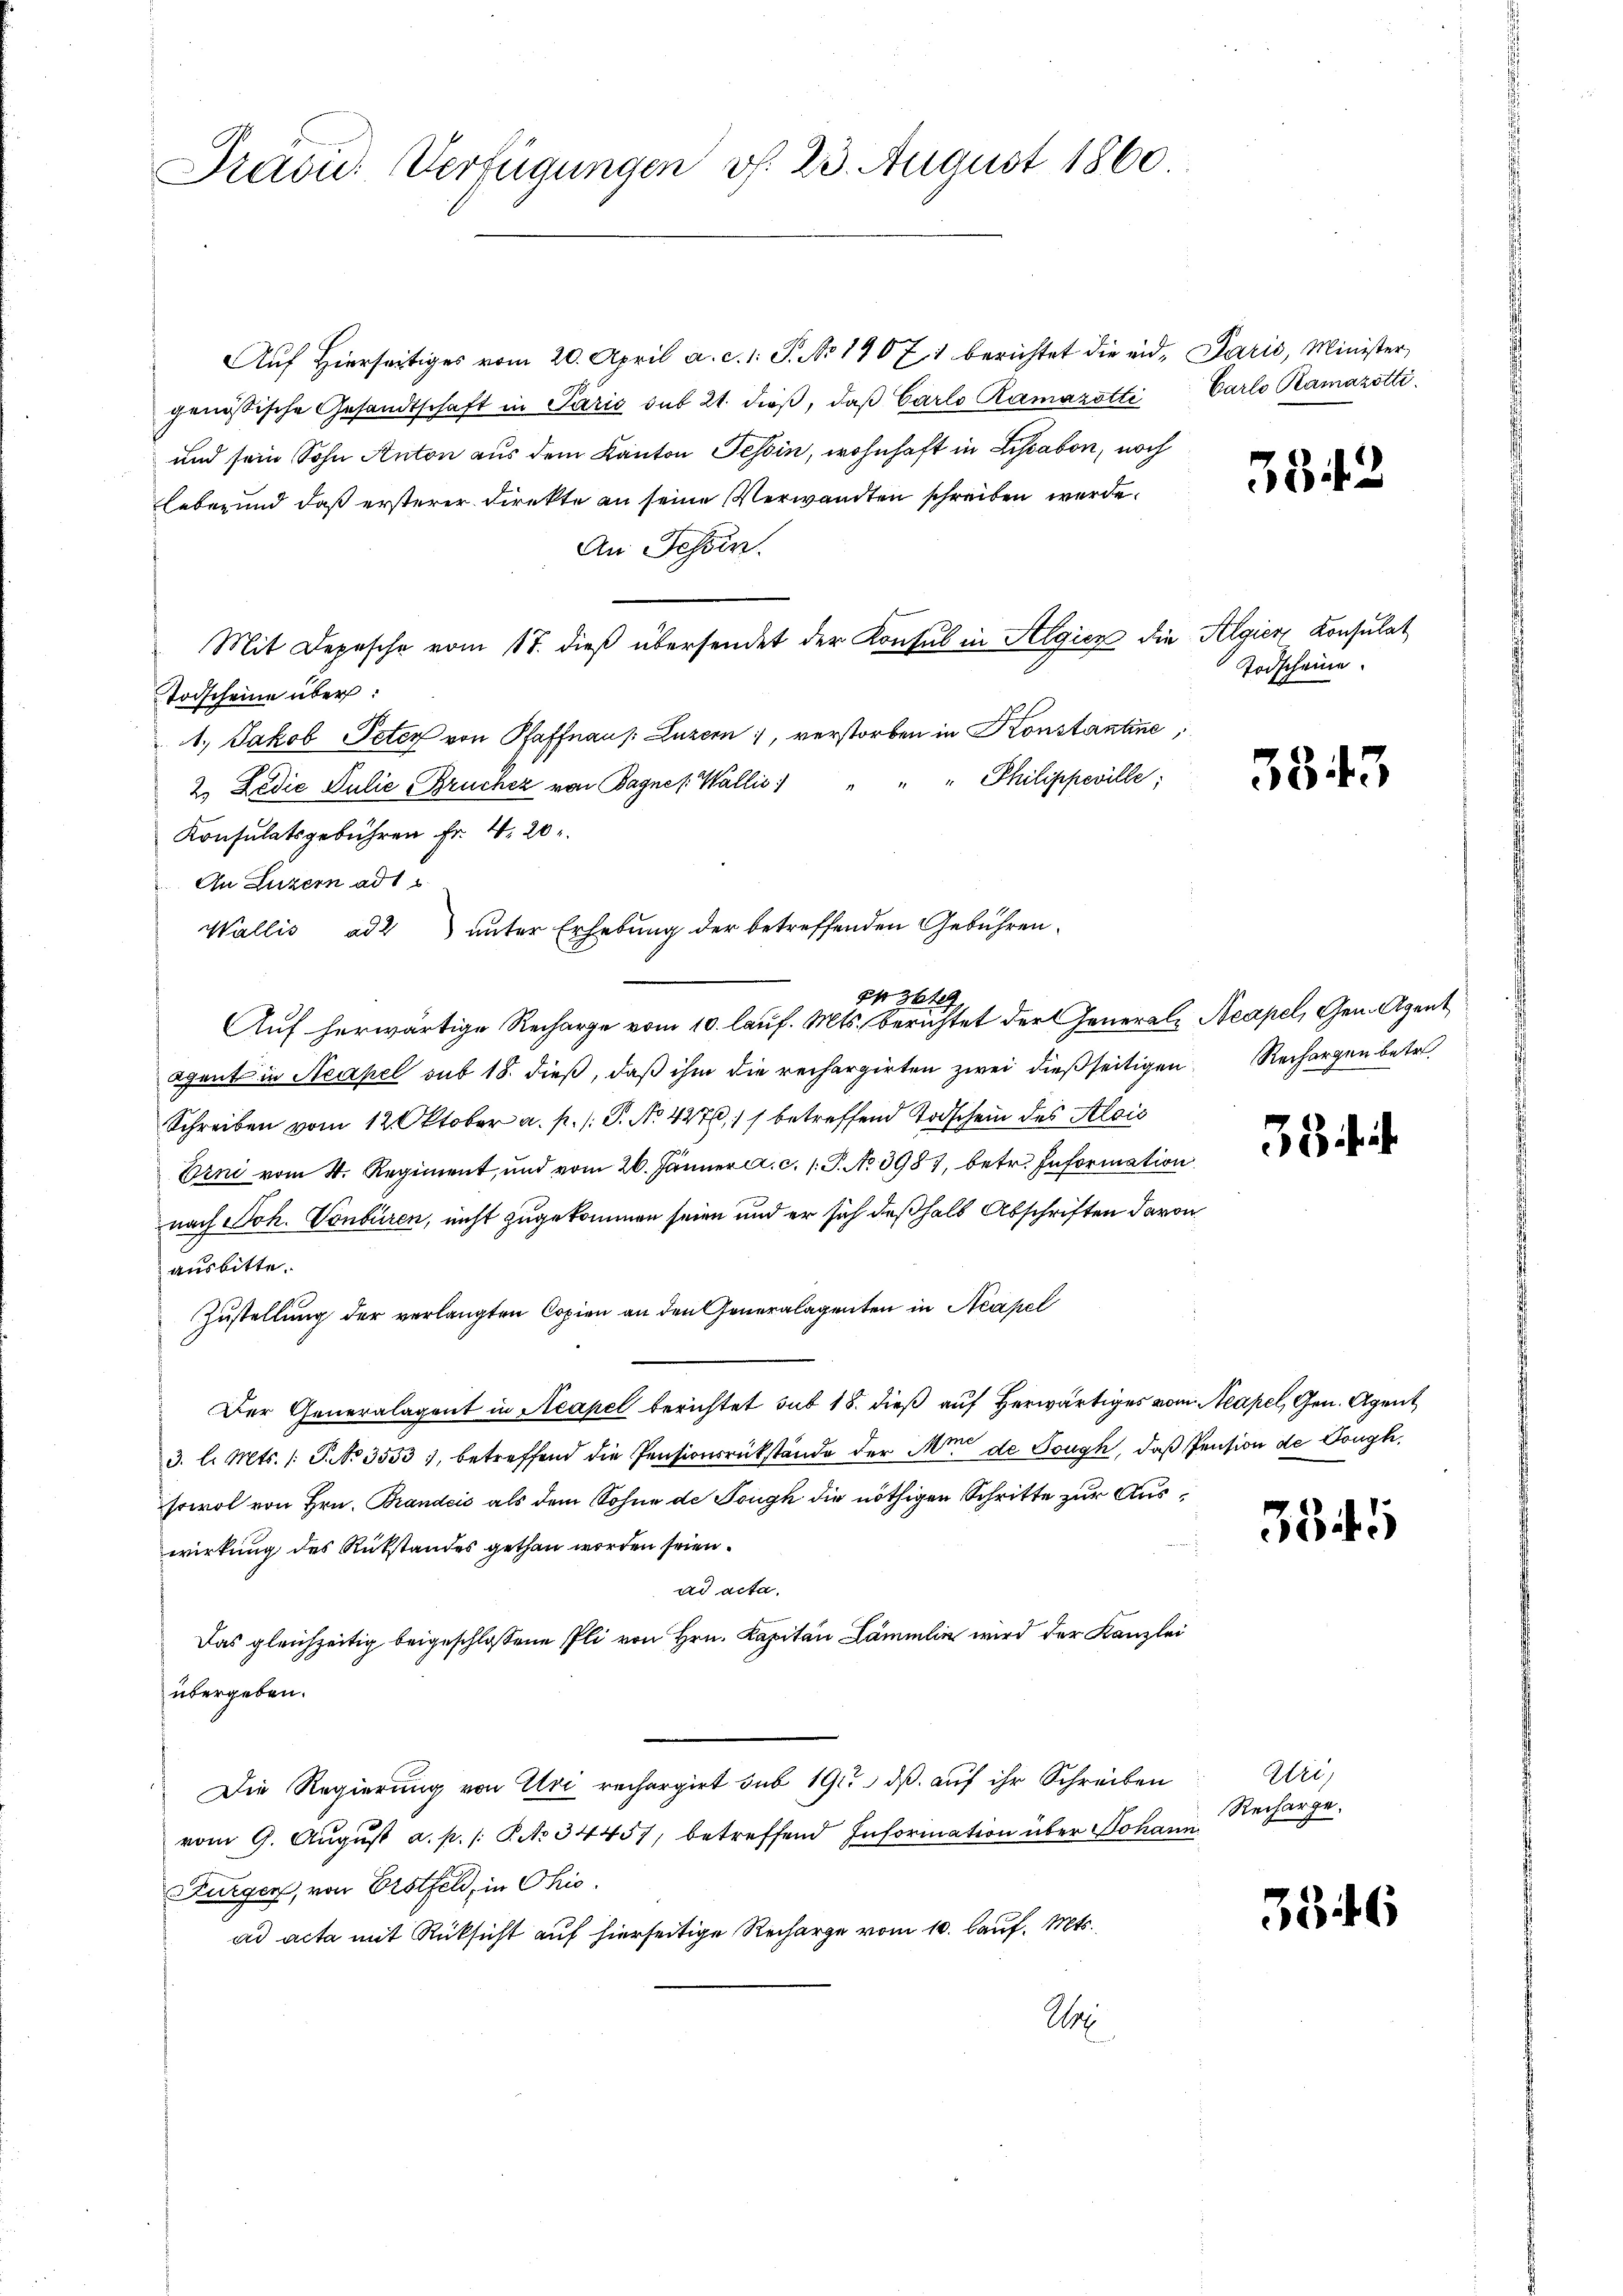
Prävid. Verfügungen v. 23. August 1860

Auf Hierseitiges vom 20. April a. c. 1. S. No 1907, 1 berichtet die eid, Paris, Minister,
genössische Gesandtschaft in Paris sub 21. dieβ, daβ Carlo Ramazotti Carlo Ramazotti
und sein Sohn Anton aus dem Kanton Tessin, wohnhaft in Lissabon, noch
Leben und daß ersterer Direkte an seine Verwandten schreiben werde.
An Tessin.
Mit Depesche vom 17. dieß übersendet der Konsul in Algien die Algier Konsulat
Todscheine über:
1., Jakob Peter von Pfaffnaus. Luzern, verstorben in Konstantine,
"" Philippeville;
2. Ledić Julie Brücher von Bagne /: Wallis
Konsulatsgebühren Fr. 4. 20
An Luzern ad 1.
Wallis ad 2 unter Erhebung der betreffenden Gebühren-
es 3te
Auf herwärtige Recharge vom 10. lauf. Mts. berichtet der Generale Neapel, Gem. Agent
agant in Neapel sub 18. dieß, daβ ihm die rechargirten zwei dießseitigen Rechargen betr.
Schreiben vom 12. Oktober a. p. /: P. No. 427, 11 betreffend Todschein des Alois
Erni vom 4. Regiment, und vom 26. Jänner a. c. 1: P. No 3987, betr. Information
nach Joh. Vonbiren, nicht zugekommen seien und er sich deßhalb Abschriften davon
ausbitte.
Zustellung der verlangten Copien an den Generalagenten in Neapel
Der Generalagent in Acapel berichtet sub 18. dieß auf herwärtiges vom Neapel, Gen. Agent
3. l. Mts. 1. P. No 35531, betreffend die Pensionsrükstände der Minde Sough, daß Pension de Dougk.
sowol von Hrn. Brandcis als dem Sohne de Tough die nöthigen Schritte zur Auswirkung des Rükstandes gethan worden seien.
ad acta.
Das gleichzeitig beigeschlossene Pli von Hrn. Kapitau Lämmlin wird der Kanzlei
übergeben.
Die Regierung von Uri rechargirt sub 191 dß auf ihr Schreiben
vom 9. Aŭgŭst a. p. /: P. No 34457, betreffend Information über Johann
Furger, von Erstfeld, in Chio.
ad acta mit Rücksicht auf hierseitige Recharge vom 10. Lauf. Mts.,
Max

3842

Todscheine.

58. 43

ift

3345

Wei
Recharge.

3346